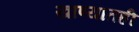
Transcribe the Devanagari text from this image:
खाण्यातही